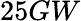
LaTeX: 25GW